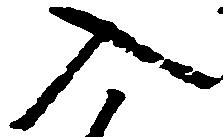
入